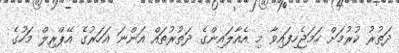
ދަތުރު ކުރުމަށް ހަމަޖެހިފައިވާ މި އެއާލައިންގެ ދަތުރުތައް އަންނަ އަހަރުގެ އޭޕްރިލް މަހުގެ